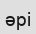
әрі